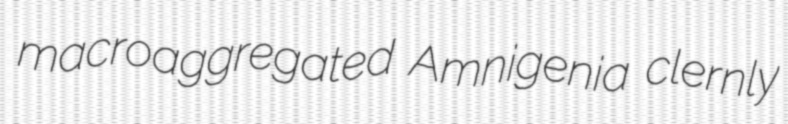
macroaggregated Amnigenia clernly